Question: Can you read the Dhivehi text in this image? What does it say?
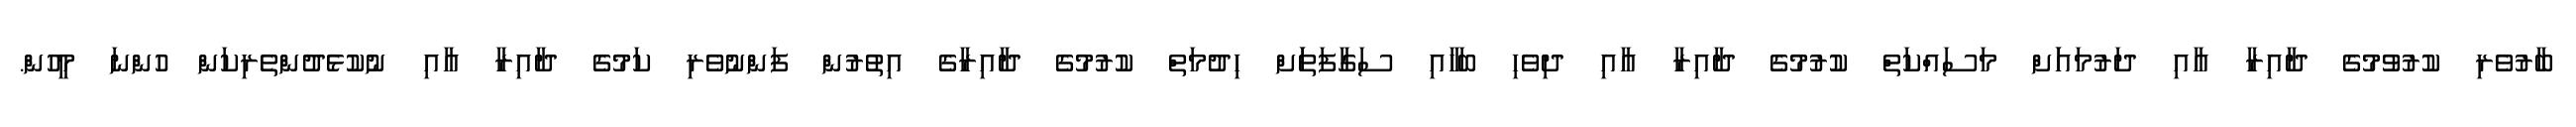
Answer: ބާރުވެރި ކުރުވުމުގެ ދާއިރާ އާއި ދަރުމައަަށް މަސައްކަތް ކުރުމުގެ ދާއިރާ އާއި ދިވެހި ބަހާއި ސަގާފަތަަށް ހިދުމަތް ކުރުމުގެ ދާއިރާގެ އިތުރުން ފަންނުވެރި ކަމުގެ ދާއިރާ އާއި ނުކުޅެދުންތެރިކަން ހުންނަ މީހުން.